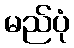
မည်ပုံ